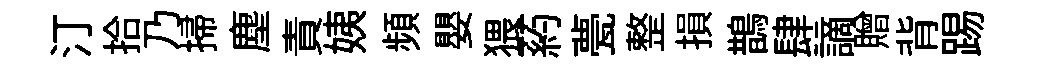
汀拾乃掃塵責姨頻嬰猥葯甍整損鵲肆謫贈背踢